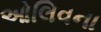
ઓલિવના